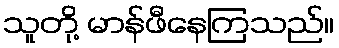
သူတို့ မာန်ဖီနေကြသည်။